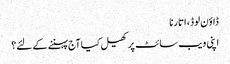
ڈاؤن لوڈ، اتارنا
اپنی ویب سائٹ پر کھیل کیا آج پہننے کے لئے؟